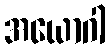
အယောဂါ